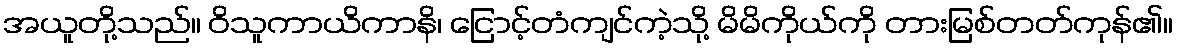
အယူတို့သည်။ ဝိသူကာယိကာနိ၊ ငြောင့်တံကျင်ကဲ့သို့ မိမိကိုယ်ကို တားမြစ်တတ်ကုန်၏။